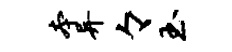
本异々玉